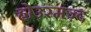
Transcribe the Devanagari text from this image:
होउरमज़्द